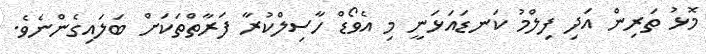
މޮޅު ތަރިން އަދި ފިލްމު ކަނޑައަޅަނީ މި އެވޯޑް ހާސިލްކުރާ ފަރާތްތަކަށް ބަލައިގެންނެވެ.